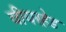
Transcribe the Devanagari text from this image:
वीयरहेड